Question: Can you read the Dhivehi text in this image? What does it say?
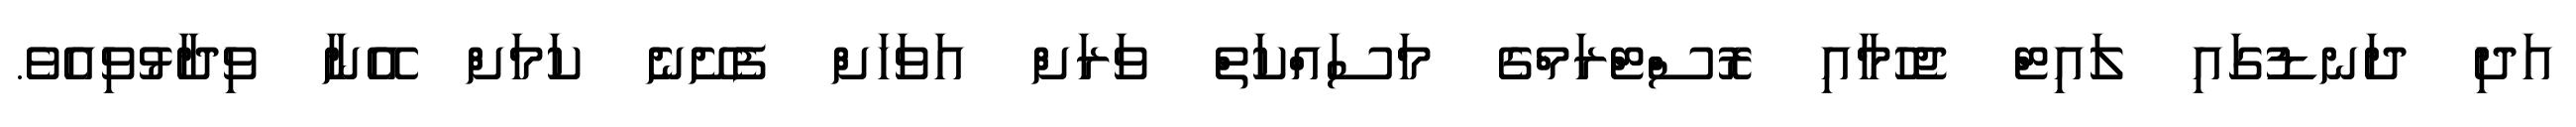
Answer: އަދި ދަނޑުގައި ލައިޓް ޖެހުމާއި ރޮސްޓްރަމްގެ މަސައްކަތް ވަރަށް އަވަހަށް ފެށޭނެ ކަމަށް އޭނާ ވިދާޅުވިއެވެ.